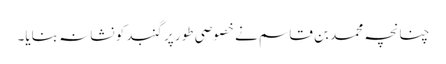
چنانچہ محمد بن قاسم نے خصوصی طور پر گنبد کو نشانہ بنایا۔